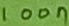
Text: 100n